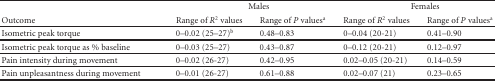
<table><thead><tr><td></td><td colspan="2"><b>Males</b></td><td colspan="2"><b>Females</b></td></tr><tr><td><b>Outcome</b></td><td><b>Range of <i>R</i><sup>2</sup> values</b></td><td><b>Range of <i>P</i> values<sup>a</sup></b></td><td><b>Range of <i>R</i><sup>2</sup> values</b></td><td><b>Range of <i>P</i> values<sup>a</sup></b></td></tr></thead><tbody><tr><td>Isometric peak torque</td><td>0–0.02 (25–27)<sup>b</sup></td><td>0.48–0.83</td><td>0–0.04 (20-21)</td><td>0.41–0.90</td></tr><tr><td>Isometric peak torque as % baseline</td><td>0–0.03 (25–27)</td><td>0.43–0.87</td><td>0–0.12 (20-21)</td><td>0.12–0.97</td></tr><tr><td>Pain intensity during movement</td><td>0–0.02 (26-27)</td><td>0.42–0.95</td><td>0.02–0.05 (20-21)</td><td>0.14–0.59</td></tr><tr><td>Pain unpleasantness during movement</td><td>0–0.01 (26-27)</td><td>0.61–0.88</td><td>0.02–0.07 (21)</td><td>0.23–0.65</td></tr></tbody></table>